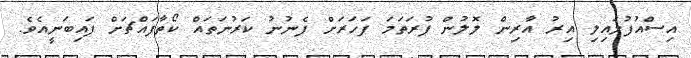
އިސްއުފުލައިލި އިރު އާރިން ލޮލުން ފުރަތަމަ ފަހަރަށް ފެނުނު ކަރުނަތައް ކޯތާފައްޗަށް ފައިބަނީއެވެ.